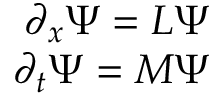
\begin{array} { r } { \partial _ { x } \Psi = L \Psi } \\ { \partial _ { t } \Psi = M \Psi } \end{array}